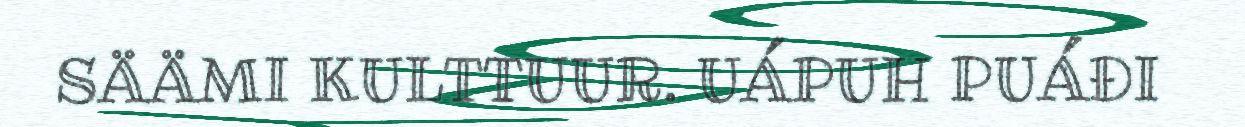
SÄÄMI KULTTUUR. UÁPUH PUÁĐI